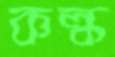
কল্ক